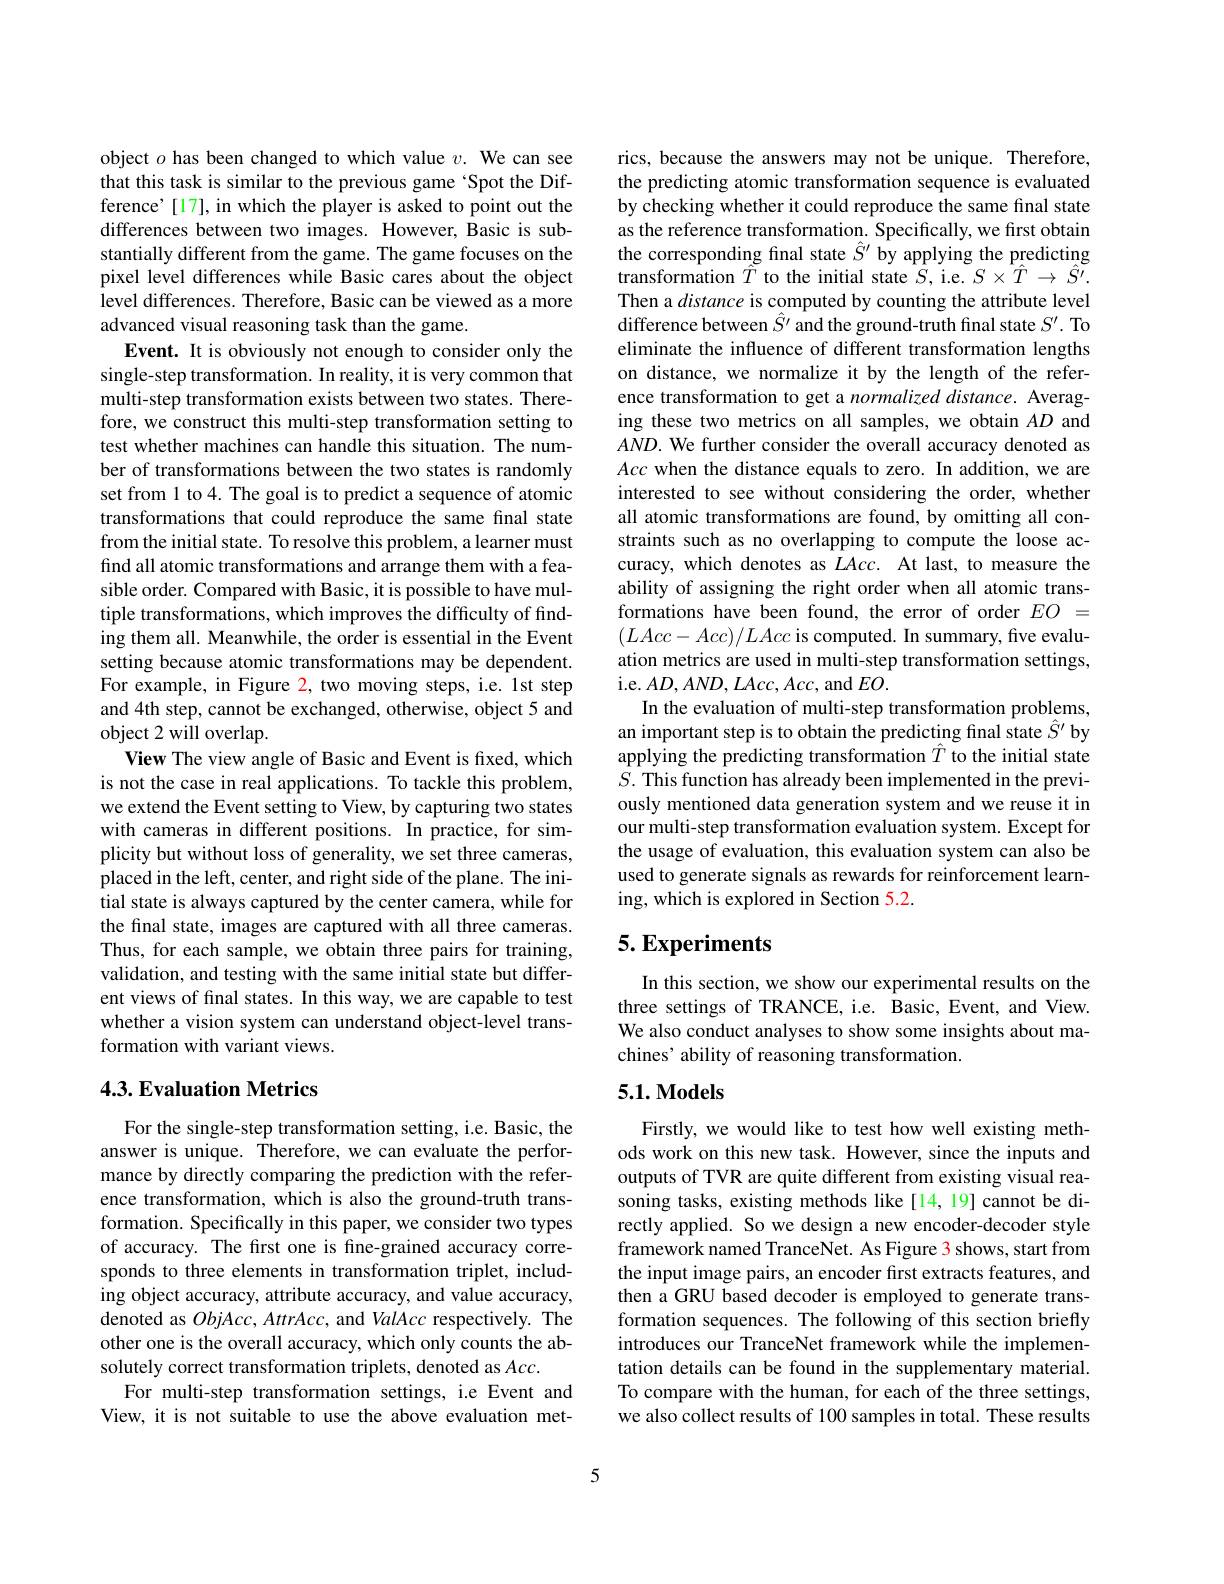
object $o$ has been changed to which value $v.$ We can see that this task is similar to the previous game 'Spot the Difference'[17], in which the player is asked to point out the differences between two images. However, Basic is substantially different from the game. The game focuses on the pixel level differences while Basic cares about the object level differences. Therefore, Basic can be viewed as a more advanced visual reasoning task than the game.
Event. It is obviously not enough to consider only the single-step transformation. In reality, it is very common that multi-step transformation exists between two states. Therefore, we construct this multi-step transformation setting to test whether machines can handle this situation. The number of transformations between the two states is randomly set from 1 to 4. The goal is to predict a sequence of atomic transformations that could reproduce the same final state from the initial state. To resolve this problem, a learner must find all atomic transformations and arrange them with a feasible order. Compared with Basic, it is possible to have multiple transformations, which improves the difficulty of finding them all. Meanwhile, the order is essential in the Event setting because atomic transformations may be dependent. For example, in Figure 2, two moving steps, i.e. 1st step and 4th step, cannot be exchanged, otherwise, object 5 and object 2 will overlap.
View The view angle of Basic and Event is fixed, which is not the case in real applications. To tackle this problem, we extend the Event setting to View, by capturing two states with cameras in different positions. In practice, for simplicity but without loss of generality, we set three cameras, placed in the left, center, and right side of the plane. The initial state is always captured by the center camera, while for the final state, images are captured with all three cameras. Thus, for each sample, we obtain three pairs for training, validation, and testing with the same initial state but different views of final states. In this way, we are capable to test whether a vision system can understand object-level transformation with variant views.

## 4.3. Evaluation Metrics

For the single-step transformation setting, i.e. Basic, the answer is unique. Therefore, we can evaluate the performance by directly comparing the prediction with the reference transformation, which is also the ground-truth transformation. Specifically in this paper, we consider two types of accuracy. The first one is fine-grained accuracy corresponds to three elements in transformation triplet, including object accuracy, attribute accuracy, and value accuracy, denoted as $ObjAcc,AttrAcc$, and ValAcc respectively. The other one is the overall accuracy, which only counts the absolutely correct transformation triplets, denoted as $Acc.$
For multi-step transformation settings, i.e Event and View, it is not suitable to use the above evaluation met-

rics, because the answers may not be unique. Therefore, the predicting atomic transformation sequence is evaluated by checking whether it could reproduce the same final state as the reference transformation. Specifically, we first obtain the corresponding final state $\hat{S}^{\prime}$ by applying the predicting $\hat{\text{transformation }\hat{T}}$ to the initial state $S$, i.e. $S\times\hat{T}\to\hat{S^{\prime}}.$ Then a distance is computed by counting the attribute level difference between $\hat{S^{\prime}}$ and the ground-truth final state $S^\prime.$ To eliminate the influence of different transformation lengths on distance, we normalize it by the length of the reference transformation to get a normalized distance. Averaging these two metrics on all samples, we obtain $AD$ and $AND.$ We further consider the overall accuracy denoted as Acc when the distance equals to zero. In addition, we are interested to see without considering the order, whether all atomic transformations are found, by omitting all constraints such as no overlapping to compute the loose accuracy, which denotes as $LAcc.$ At last, to measure the ability of assigning the right order when all atomic transformations have been found, the error of order $EO=$ $(LAcc-Acc)/LAcc$ is computed. In summary, five evaluation metrics are used in multi-step transformation settings, i.e. $AD,AND,LAcc,Acc$, and $EO.$
In the evaluation of multi-step transformation problems, an important step is to obtain the predicting final state $\hat{S}^{\prime}$ by applying the predicting transformation $\hat{T}$ to the initial state $S.$ This function has already been implemented in the previously mentioned data generation system and we reuse it in our multi-step transformation evaluation system. Except for the usage of evaluation, this evaluation system can also be used to generate signals as rewards for reinforcement learning, which is explored in Section 5.2.

## $5. \textbf{Experiments}$

In this section, we show our experimental results on the three settings of TRANCE, i.e. Basic, Event, and View. We also conduct analyses to show some insights about machines' ability of reasoning transformation

### $5.1.\mathbf{Models}$

Firstly, we would like to test how well existing methods work on this new task. However, since the inputs and outputs of TVR are quite different from existing visual reasoning tasks, existing methods like[14,19] cannot be directly applied. So we design a new encoder-decoder style framework named TranceNet. As Figure 3 shows, start from the input image pairs, an encoder first extracts features, and then a GRU based decoder is employed to generate transformation sequences. The following of this section briefly introduces our TranceNet framework while the implementation details can be found in the supplementary material. To compare with the human, for each of the three settings, we also collect results of 100 samples in total. These results

5